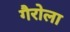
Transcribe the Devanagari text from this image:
गैरोला